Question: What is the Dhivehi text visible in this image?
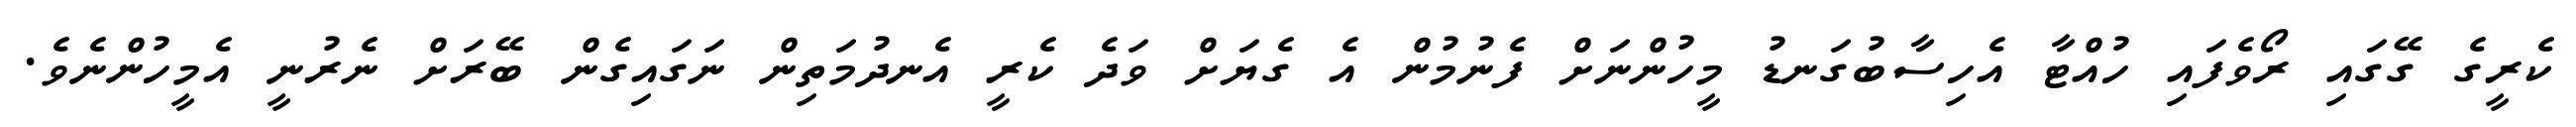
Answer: ކެރީގެ ގޭގައި ރޯވެފައި ހުއްޓާ އެހިސާބުގަނޑު މީހުންނަށް ފެނުމުން އެ ގެޔަށް ވަދެ ކެރީ އެނދުމަތިން ނަގައިގެން ބޭރަށް ނެރުނީ އެމީހުންނެވެ.